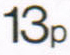
13p